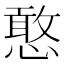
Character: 憨